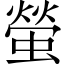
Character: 螢